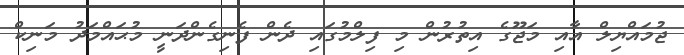
ޖުމައްޔިލް އާއި މަޖޫގެ އިތުރުން މި ފިލްމުގައި ދެން ފެނިގެންދަނީ މުޙައްމަދު މަނިކް